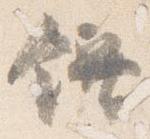
饌